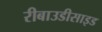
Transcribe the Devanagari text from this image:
रीबाउडीसाइड